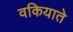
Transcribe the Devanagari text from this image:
वकियाते